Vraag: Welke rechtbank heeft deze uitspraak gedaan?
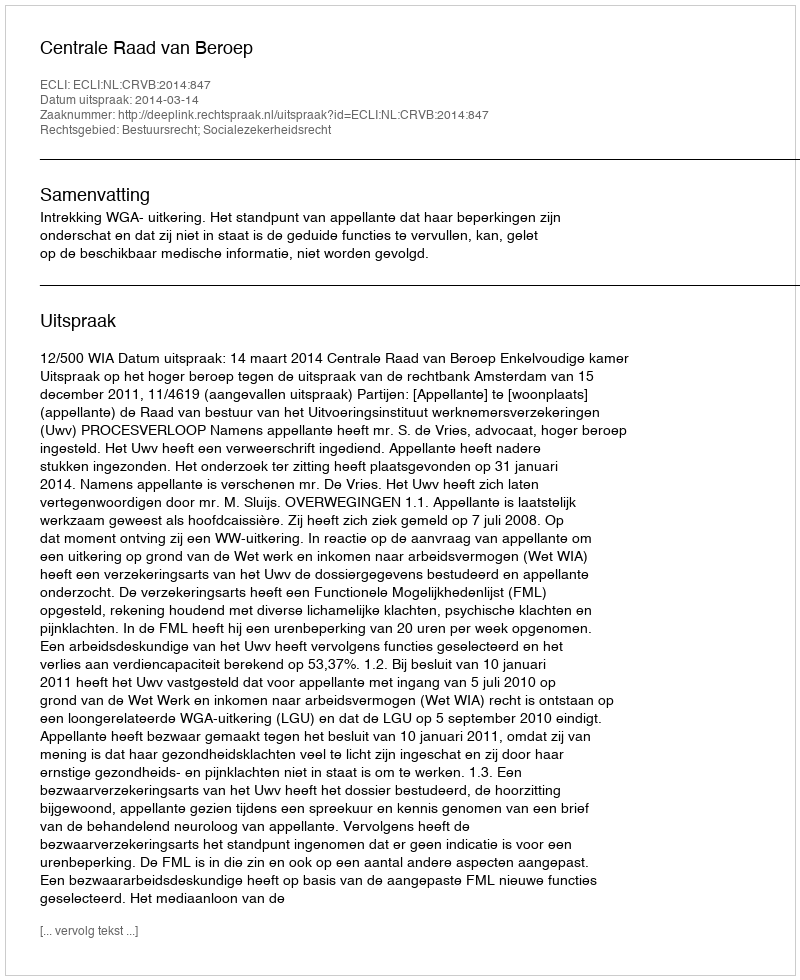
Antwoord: Centrale Raad van Beroep